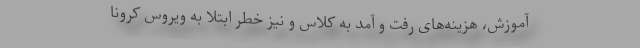
آموزش، هزینه‌های رفت و آمد به کلاس و نیز خطر ابتلا به ویروس کرونا